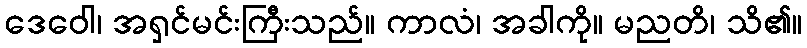
ဒေဝေါ၊ အရှင်မင်းကြီးသည်။ ကာလံ၊ အခါကို။ မညတိ၊ သိ၏။